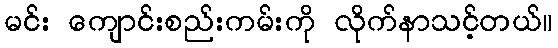
မင်း ကျောင်းစည်းကမ်းကို လိုက်နာသင့်တယ်။